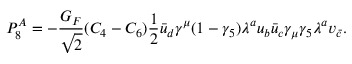
P _ { 8 } ^ { A } = - \frac { G _ { F } } { \sqrt { 2 } } ( C _ { 4 } - C _ { 6 } ) \frac { 1 } { 2 } \bar { u } _ { d } \gamma ^ { \mu } ( 1 - \gamma _ { 5 } ) \lambda ^ { a } u _ { b } \bar { u } _ { c } \gamma _ { \mu } \gamma _ { 5 } \lambda ^ { a } v _ { \bar { c } } .